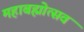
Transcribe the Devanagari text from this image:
महाबह्मोत्‍सव